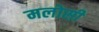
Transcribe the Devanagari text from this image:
मलोसी